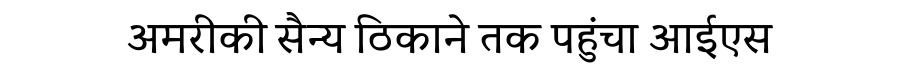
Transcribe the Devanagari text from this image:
अमरीकी सैन्य ठिकाने तक पहुंचा आईएस